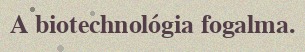
A biotechnológia fogalma.